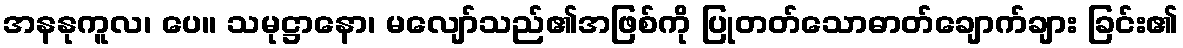
အနနုကူလ၊ ပေ။ သမုဋ္ဌာနော၊ မလျော်သည်၏အဖြစ်ကို ပြုတတ်သောဓာတ်ချောက်ချား ခြင်း၏